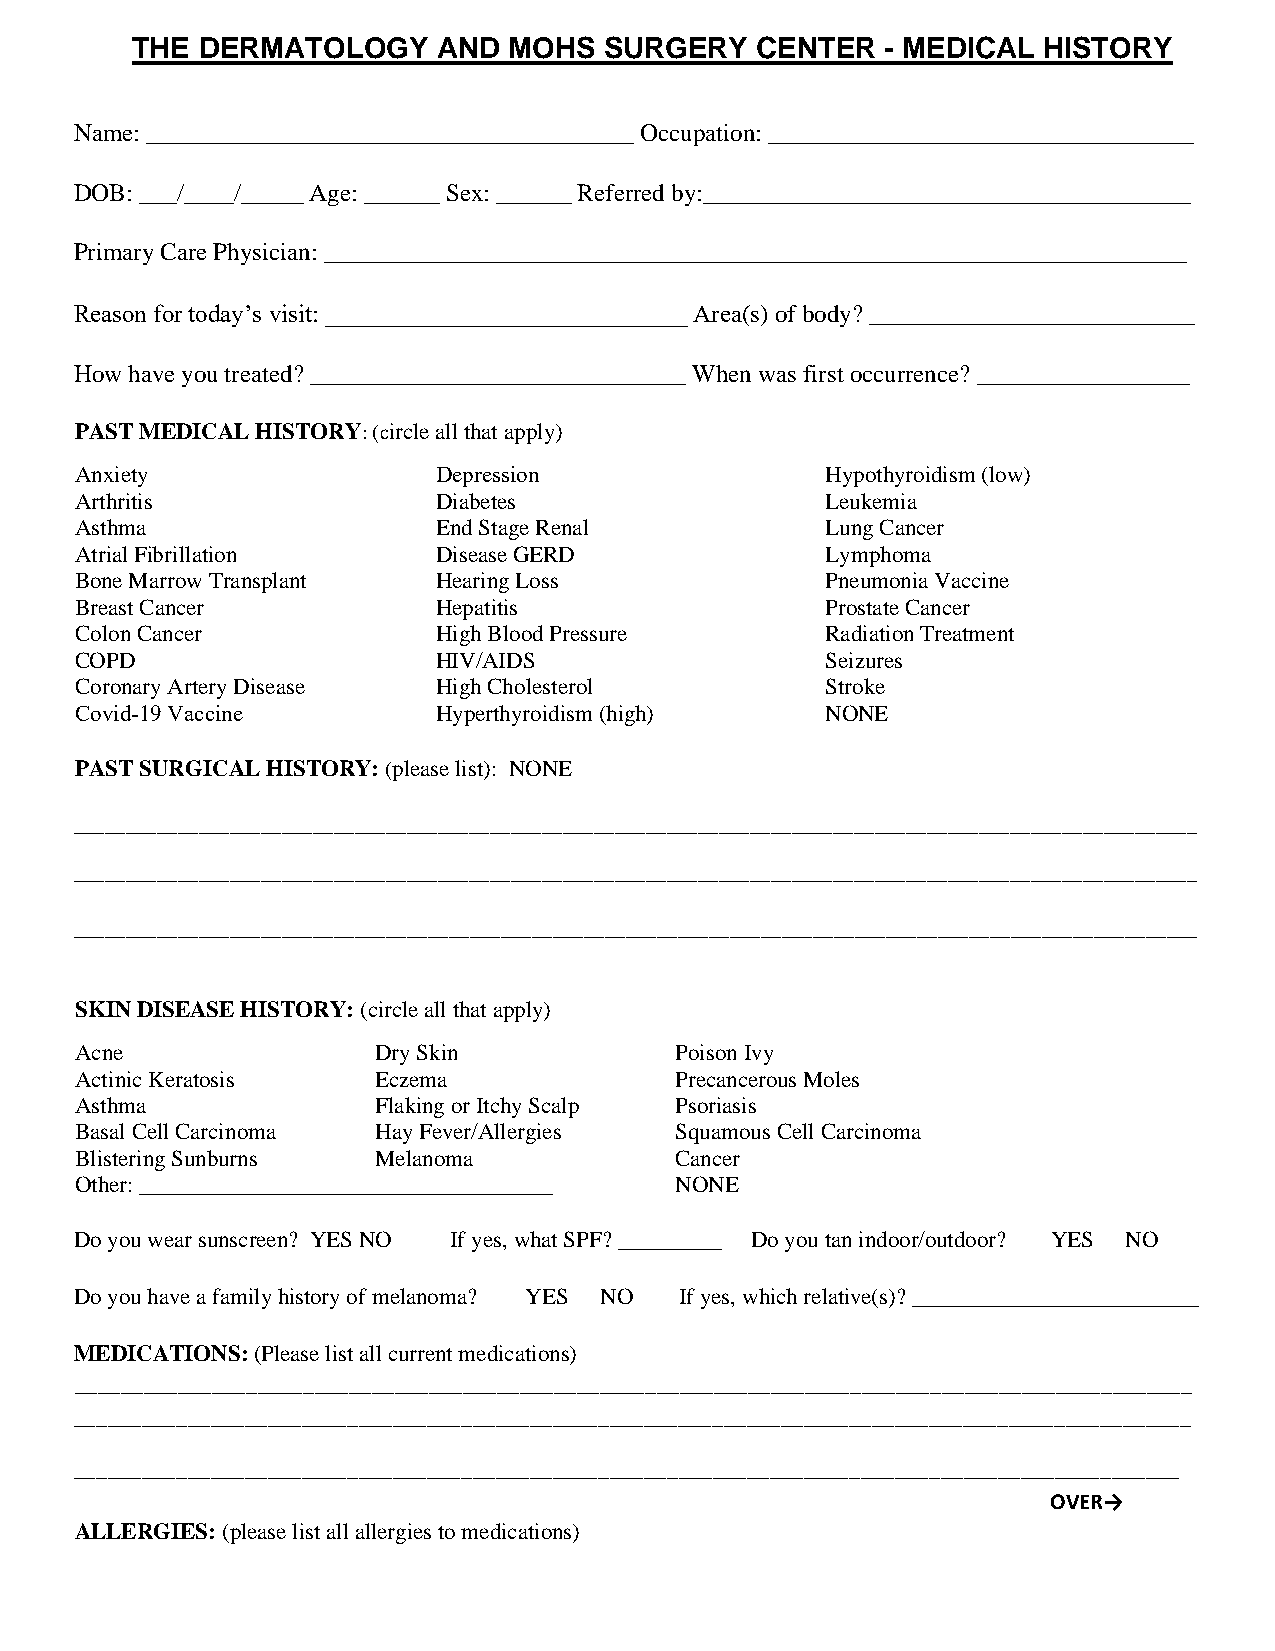
THE DERMATOLOGY     AND  MOHS  SURGERY   CENTER   - MEDICAL HISTORY
 Name: _______________________________________ Occupation: __________________________________
 DOB: ___/____/_____ Age: ______ Sex: ______ Referred by:_______________________________________
 Primary Care Physician: _____________________________________________________________________
 Reason for today’s visit: _____________________________ Area(s) of body? __________________________
 How have you treated? ______________________________ When was first occurrence? _________________
 PAST MEDICAL HISTORY: (circle all that apply)
 Anxiety                 Depression                Hypothyroidism (low)
 Arthritis               Diabetes                  Leukemia
 Asthma                  End Stage Renal           Lung Cancer
 Atrial Fibrillation     Disease GERD              Lymphoma
 Bone Marrow Transplant  Hearing Loss              Pneumonia Vaccine
 Breast Cancer           Hepatitis                 Prostate Cancer
 Colon Cancer            High Blood Pressure       Radiation Treatment
 COPD                    HIV/AIDS                  Seizures
 Coronary Artery Disease High Cholesterol          Stroke
 Covid-19 Vaccine        Hyperthyroidism (high)    NONE
 PAST SURGICAL HISTORY: (please list): NONE
 ____________________________________________________________________________________________________________
 ____________________________________________________________________________________________________________
 ____________________________________________________________________________________________________________
 SKIN DISEASE HISTORY: (circle all that apply)
 Acne                Dry Skin            Poison Ivy
 Actinic Keratosis   Eczema              Precancerous Moles
 Asthma              Flaking or Itchy Scalp Psoriasis
 Basal Cell Carcinoma Hay Fever/Allergies Squamous Cell Carcinoma
 Blistering Sunburns Melanoma            Cancer
 Other: ____________________________________ NONE
 Do you wear sunscreen? YES NO If yes, what SPF? _________ Do you tan indoor/outdoor? YES NO
 Do you have a family history of melanoma? YES NO If yes, which relative(s)? _________________________
 MEDICATIONS: (Please list all current medications)
 __________________________________________________________________________________________________
 __________________________________________________________________________________________________
 _________________________________________________________________________________________________
 OVER→
 ALLERGIES: (please list all allergies to medications)